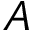
A